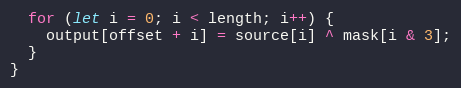
Language: JavaScript
  for (let i = 0; i < length; i++) {
    output[offset + i] = source[i] ^ mask[i & 3];
  }
}